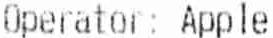
OPERATOR: APPLE